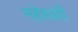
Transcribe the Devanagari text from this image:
महेश्‍वरी